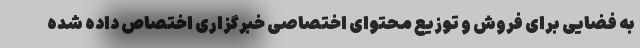
به فضایی برای فروش و توزیع محتوای اختصاصی خبرگزاری اختصاص داده شده